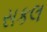
સકલ